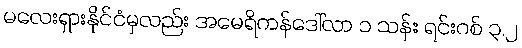
မလေးရှားနိုင်ငံမှလည်း အမေရိကန်ဒေါ်လာ ၁ သန်း ရင်းဂစ် ၃.၂